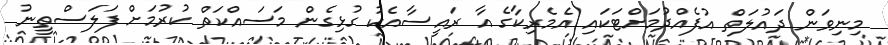
މިނިވަން ދައުލަތް އުފެއްދުމަށްޓަކައި އެމެރިކާގެ އާ ރައީސާއެކު ގުޅިގެން މަސައްކަތް ކުރުމަށް ފަލަސްތީނު